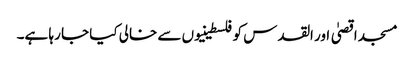
مسجد اقصیٰ اور القدس کو فلسطینیوں سے خالی کیا جا رہا ہے۔